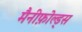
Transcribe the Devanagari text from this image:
मैनीफ़ोल्ड्स